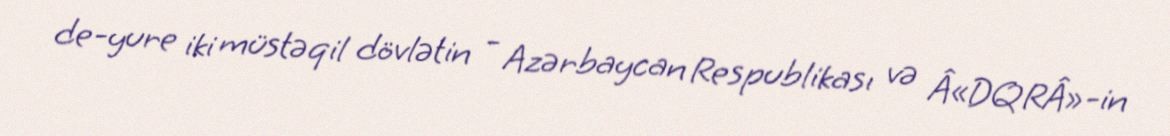
de-yure iki müstəqil dövlətin - Azərbaycan Respublikası və Â«DQRÂ»-in